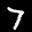
Label: 7